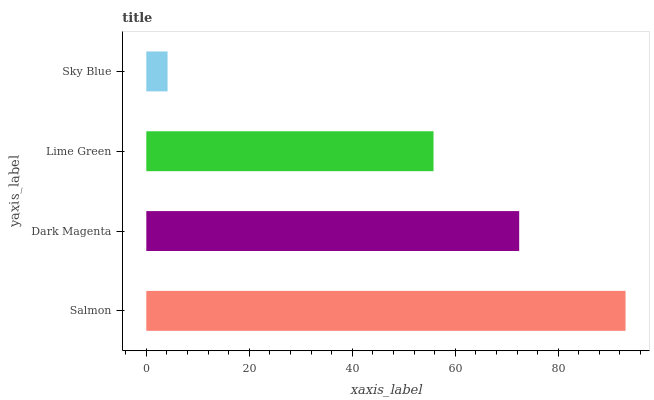
| yaxis_label | bars |
 | --- | --- |
 | Salmon | 93.1 |
 | Dark Magenta | 72.4 |
 | Lime Green | 55.8 |
 | Sky Blue | 4.13 |